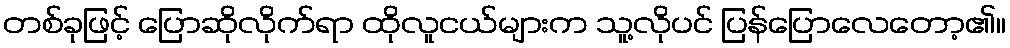
တစ်ခုဖြင့် ပြောဆိုလိုက်ရာ ထိုလူငယ်များက သူ့လိုပင် ပြန်ပြောလေတော့၏။